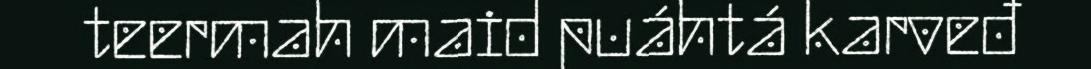
teermah maid puáhtá karveđ